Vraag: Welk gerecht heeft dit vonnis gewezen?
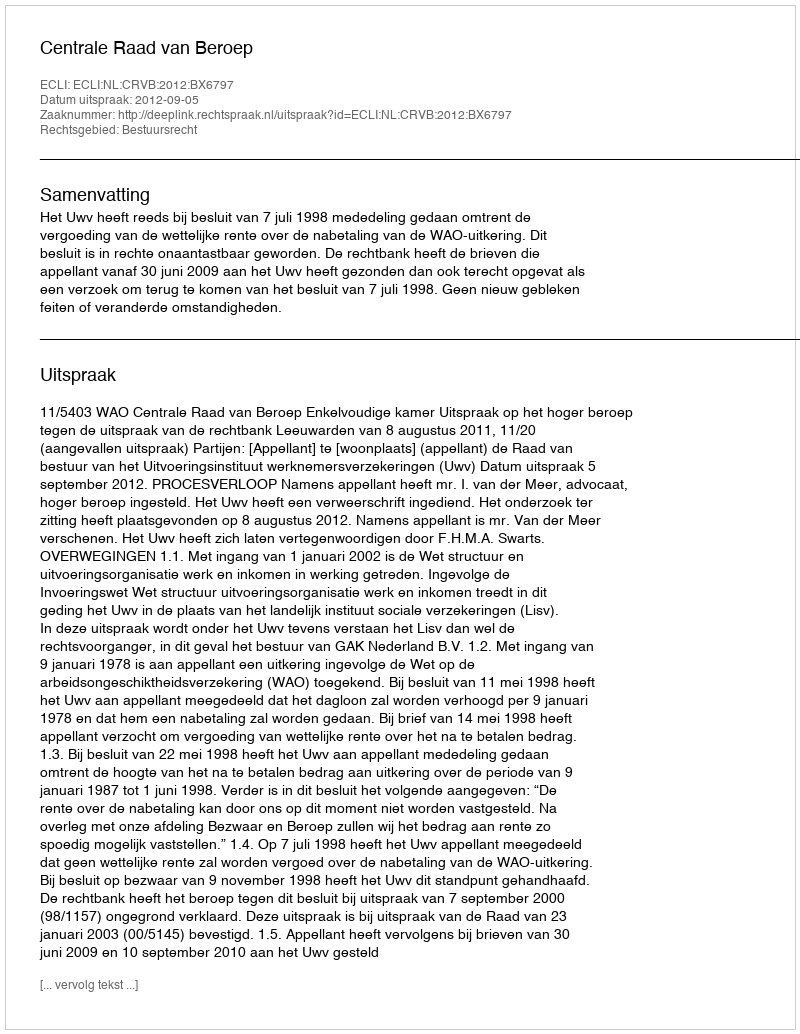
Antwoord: Centrale Raad van Beroep